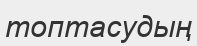
топтасудың